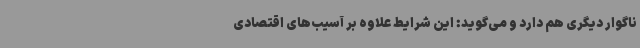
ناگوار دیگری هم دارد و می‌گوید: این شرایط علاوه بر آسیب‌های اقتصادی